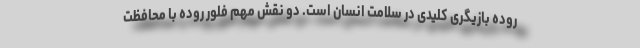
روده بازیگری کلیدی در سلامت انسان است. دو نقش مهم فلور روده با محافظت